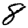
Digit: 8